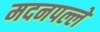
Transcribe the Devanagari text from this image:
मदनपल्ले